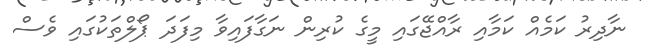
ނާދިރު ކަމެއް ކަމާއި ރާއްޖޭގައި މީގެ ކުރިން ނަގާފައިވާ މިފަދަ ޕޯލްތަކުގައި ވެސް